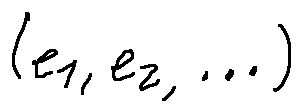
( e _ { 1 } , e _ { 2 } , \ldots )